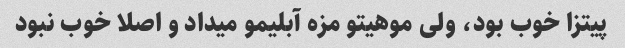
پیتزا خوب بود، ولی موهیتو مزه آبلیمو میداد و اصلا خوب نبود